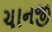
ચાનજી